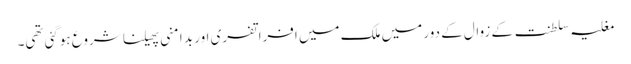
مغلیہ سلطنت کے زوال کے دور میں ملک میں افراتفری اور بد امنی پھیلنا شروع ہوگئی تھی۔